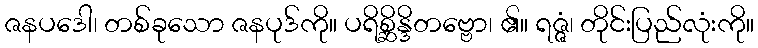
ဇနပဒေါ၊ တစ်ခုသော ဇနပုဒ်ကို။ ပရိစ္ဆိန္ဒိတဗ္ဗော၊ ၏။ ရဇ္ဇံ၊ တိုင်းပြည်လုံးကို။